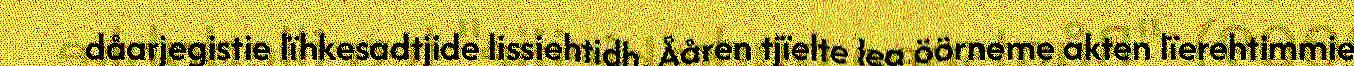
dåarjegistie lïhkesadtjide lissiehtidh, Ååren tjïelte lea öörneme akten lïerehtimmie